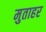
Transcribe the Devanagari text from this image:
मुताहर